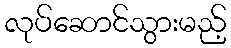
လုပ်ဆောင်သွားမည့်